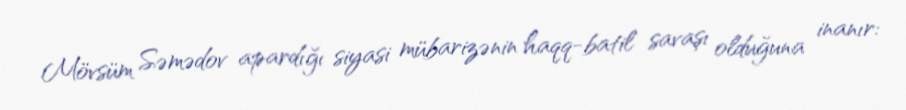
Mövsüm Səmədov apardığı siyasi mübarizənin haqq-batil savaşı olduğuna inanır: